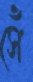
সেঁ